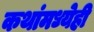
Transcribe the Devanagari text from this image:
कथांमध्येही